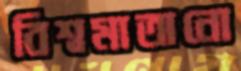
বিশ্বমাতানো